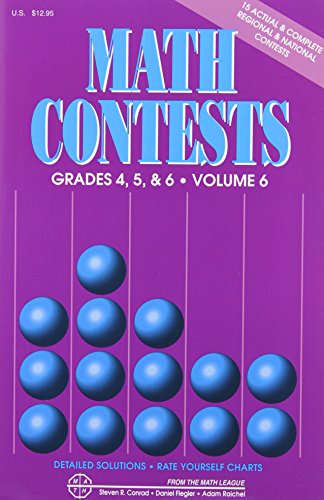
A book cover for Math Contests, Grades 4, 5 & 6, Vol. 6 (School Years 2006-2007 Through 2010-2011); Steven R. Conrad; Science & Math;